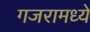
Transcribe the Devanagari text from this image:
गजरामध्ये